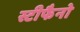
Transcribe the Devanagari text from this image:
स्टीफैनो